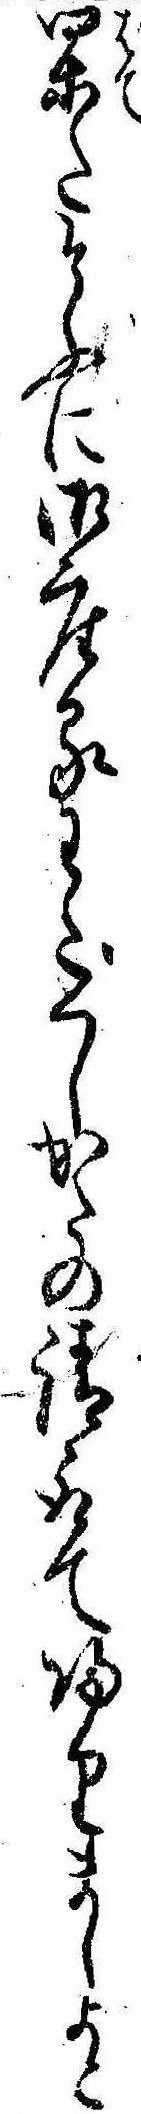
果たそふに御座るわたくしかたの請取て帰りましよと